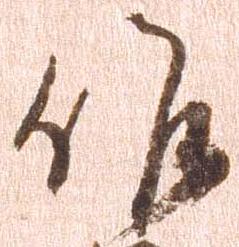
候